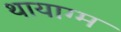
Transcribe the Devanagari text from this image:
थायाग्म